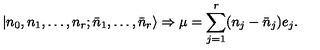
| n _ { 0 } , n _ { 1 } , \ldots , n _ { r } ; \bar { n } _ { 1 } , \ldots , \bar { n } _ { r } \rangle \Rightarrow \mu = \sum _ { j = 1 } ^ { r } ( n _ { j } - \bar { n } _ { j } ) e _ { j } .